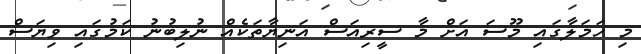
މި ހަމަލާގައި މޫސަ އަށް މާ ސީރިއަސް އަނިޔާތަކެއް ނުލިބުނު ކަމުގައި ވިޔަސް